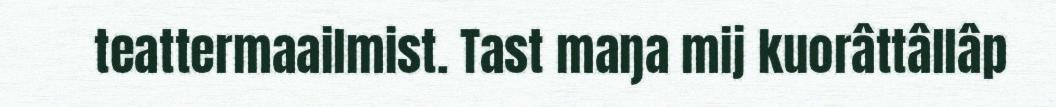
teattermaailmist. Tast maŋa mij kuorâttâllâp